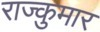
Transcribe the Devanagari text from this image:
राज्कुमार